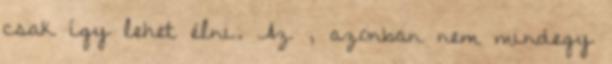
csak így lehet élni. Az , azonban nem mindegy